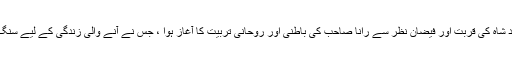
پیر سید علی محمد شاہ کی قربت اور فیضان نظر سے رانا صاحب کی باطنی اور روحانی تربیت کا آغاز ہوا ، جس نے آنے والی زندگی کے لیے سنگ میل کا کام کیا ۔